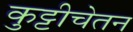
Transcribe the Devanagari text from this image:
कुट्टीचेतन